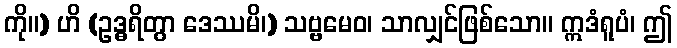
ကို။) ဟိ (ဥဒ္ဓရိတွာ ဒေဿမိ၊) သဗ္ဗမေဝ၊ သာလျှင်ဖြစ်သော။ ဣဒံရူပံ၊ ဤ